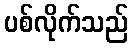
ပစ်လိုက်သည်